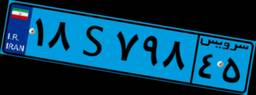
۱۸S۷۹۸۴۵